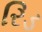
રિડ